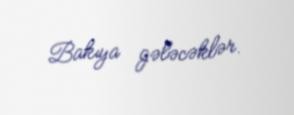
Bakıya gələcəklər.